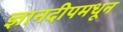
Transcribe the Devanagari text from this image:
ज्ञानदीपमधून